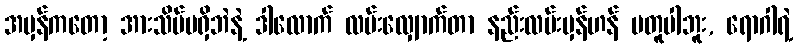
အမှန်ကတော့ အားသိပ်မရှိဘဲနဲ့ ဒါလောက် လမ်းလျှောက်တာ နည်းလမ်းမှန်ဟန် မတူပါဘူး, ရောဂါရဲ့